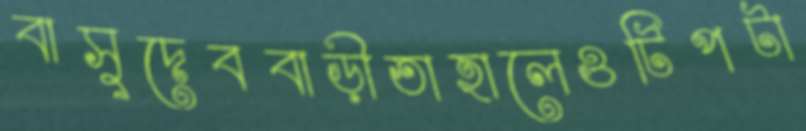
বাসুদেববাড়ীতাহালেওটিপটা